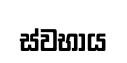
ස්වභාය